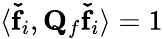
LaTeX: \langle\mathbf{\check{f}}_{i},\mathbf{Q}_{f}\mathbf{\check{f}}_{i}\rangle=1